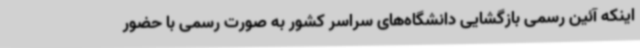
اینکه آئین رسمی بازگشایی دانشگاه‌های سراسر کشور به صورت رسمی با حضور